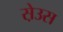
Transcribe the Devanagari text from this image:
स़ेउस